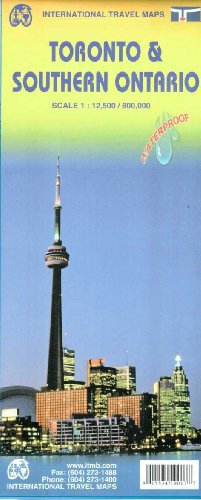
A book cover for Toronto & Ontario South Travel Reference Map 2013*** (International Travel Maps); ITMB Publishing LTD; Travel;